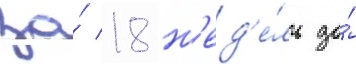
за́ 18 н'ед'е́ль до́